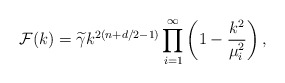
\begin{align*}{\cal F}(k)={\widetilde \gamma}k^{2(n+d/2-1)}\prod_{i=1}^{\infty}\left(1-{k^{2}\over \mu_{i}^{2}}\right),\end{align*}